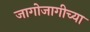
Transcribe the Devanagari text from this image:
जागोजागीच्या